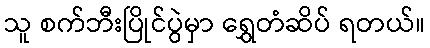
သူ စက်ဘီးပြိုင်ပွဲမှာ ရွှေတံဆိပ် ရတယ်။